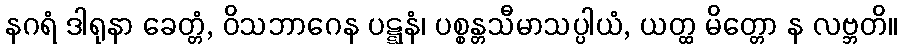
နဂရံ ဒါရုနာ ခေတ္တံ, ဝိသဘာဂေန ပဋ္ဋနံ၊ ပစ္စန္တသီမာသပ္ပါယံ, ယတ္ထ မိတ္တော န လဗ္ဘတိ။